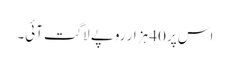
اس پر 40 ہزار روپے لاگت آئی۔